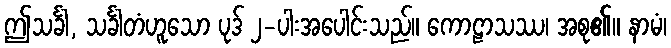
ဤသင်္ခါ, သင်္ခါတံဟူသော ပုဒ် ၂-ပါးအပေါင်းသည်။ ကောဠာသဿ၊ အစု၏။ နာမံ၊